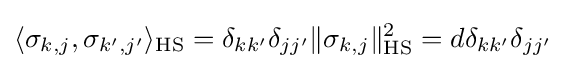
\langle \sigma _{k,j},\sigma _{k',j'}\rangle _{\text{HS}}=\delta _{kk'}\delta _{jj'}\|\sigma _{k,j}\|_{\text{HS}}^{2}=d\delta _{kk'}\delta _{jj'}